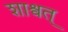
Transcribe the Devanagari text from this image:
शाश्वत्‌